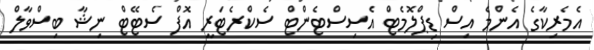
އެމެރިކާގެ އެންމެ އިސް ޑިޕްލޮމެޓް އެސިސްޓެންޓް ސެކްރެޓަރީ އޮފް ސެޓޭޓް ނިޝާ ބިސްވާލް